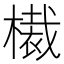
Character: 𣚸